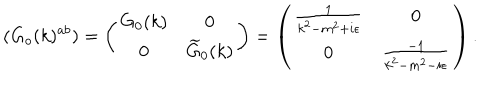
( G _ { o } ( k ) ^ { a b } ) = \left( \begin{array} { c c } { { G _ { 0 } ( k ) } } & { { 0 } } \\ { { 0 } } & { { \widetilde { G } _ { 0 } ( k ) } } \\ \end{array} \right) = \left( \begin{array} { c c } { { \frac { 1 } { k ^ { 2 } - m ^ { 2 } + i \epsilon } } } & { { 0 } } \\ { { 0 } } & { { \frac { - 1 } { k ^ { 2 } - m ^ { 2 } - i \epsilon } } } \\ \end{array} \right) .